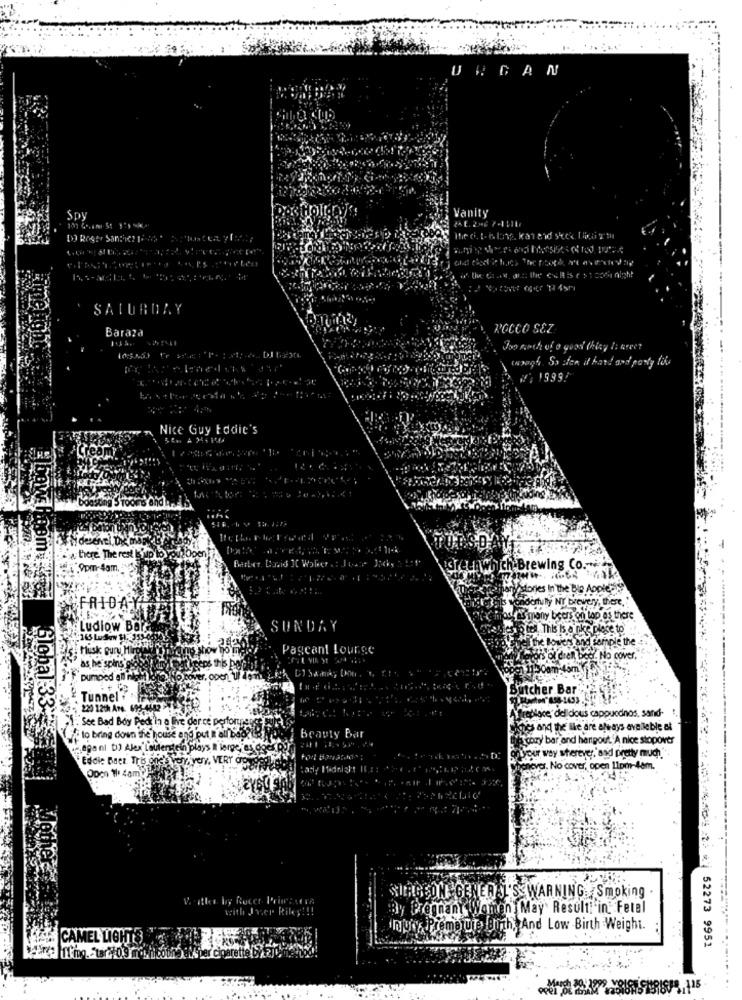
Vanity
Spy
SATURDAY
Baraza
ROCCO SEZ
Jon aoch of a good thing I: treet
wangh. So alen it hand and pasty fol
1999!
Nice Guy Eddie's
a there The rest liup to Y
Barber. David JC Wolver .: J tane Jocky a Bet
".9pm-4am.""
\'arguwhich Brewing Co .-...
there are many stories In the Ble Apple
anchetas yondortully NY brewery, there,'
FRIDA-
Hosty's many beers on tap as there
Ludlow Ball
SUNDAY
les in tol, This Is a nie place to
VEvel the Lovers and sample the
Plusk pury Mi
Pagcant Lounge
as he spinsios
ators ol drent booz No cover,
pumped att
Butcher Bar
Tunnel?
220 12th Are. 69
place, delldous cappuodnos, sand-
1. See Bad Boy Pect'la a live der ce perforuren
and the like are always avelleble at
to bring down the house and put It all booze
Beauty Bar
bar and hangout A nice stopover
Eddie Baer Tris O0
D plays I lenge, as csele
Y. YOY. VERY OP
way wherever, and pretty much"
never. No cover, open 11pm-48m.
SURGEON GENERAL'S WARNING Smoking .
with Jer Riley !!!
By Pregnant Women May Result in Fetal
muss Primo ut. Birth, And Low Birth Weight.
CAMEL LIGHTS,
41041: 52273 9951